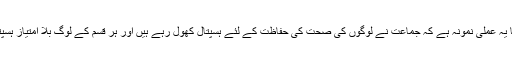
اور Hatred for none کا یہ عملی نمونہ ہے کہ جماعت نے لوگوں کی صحت کی حفاظت کے لئے ہسپتال کھول رہے ہیں اور ہر قسم کے لوگ بلا امتیاز ہسپتالوں سے فائدہ اٹھا رہے ہیں۔